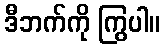
ဒီဘက်ကို ကြွပါ။